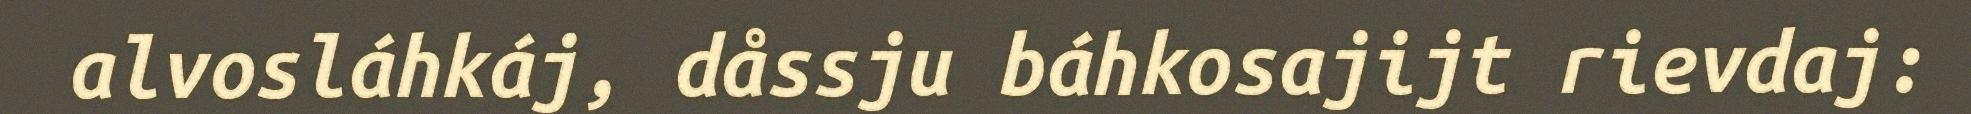
alvosláhkáj, dåssju báhkosajijt rievdaj: